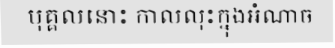
បុគ្គលនោះ កាលលុះក្នុងអំណាច